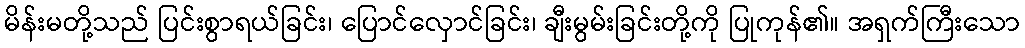
မိန်းမတို့သည် ပြင်းစွာရယ်ခြင်း၊ ပြောင်လှောင်ခြင်း၊ ချီးမွမ်းခြင်းတို့ကို ပြုကုန်၏။ အရှက်ကြီးသော